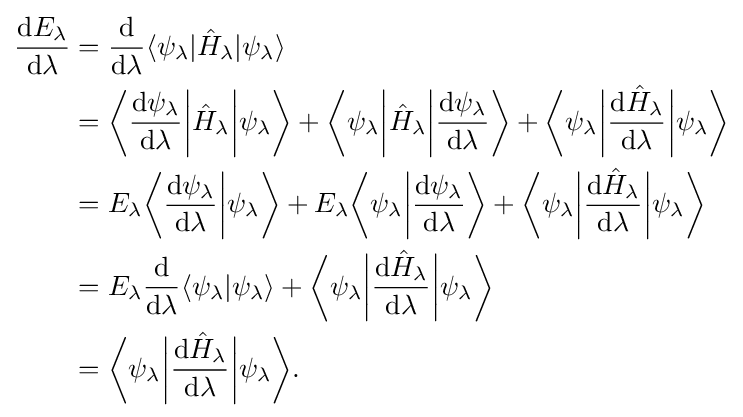
{\begin{aligned}{\frac {\mathrm {d} E_{\lambda }}{\mathrm {d} \lambda }}&={\frac {\mathrm {d} }{\mathrm {d} \lambda }}\langle \psi _{\lambda }|{\hat {H}}_{\lambda }|\psi _{\lambda }\rangle \\&={\bigg \langle }{\frac {\mathrm {d} \psi _{\lambda }}{\mathrm {d} \lambda }}{\bigg |}{\hat {H}}_{\lambda }{\bigg |}\psi _{\lambda }{\bigg \rangle }+{\bigg \langle }\psi _{\lambda }{\bigg |}{\hat {H}}_{\lambda }{\bigg |}{\frac {\mathrm {d} \psi _{\lambda }}{\mathrm {d} \lambda }}{\bigg \rangle }+{\bigg \langle }\psi _{\lambda }{\bigg |}{\frac {\mathrm {d} {\hat {H}}_{\lambda }}{\mathrm {d} \lambda }}{\bigg |}\psi _{\lambda }{\bigg \rangle }\\&=E_{\lambda }{\bigg \langle }{\frac {\mathrm {d} \psi _{\lambda }}{\mathrm {d} \lambda }}{\bigg |}\psi _{\lambda }{\bigg \rangle }+E_{\lambda }{\bigg \langle }\psi _{\lambda }{\bigg |}{\frac {\mathrm {d} \psi _{\lambda }}{\mathrm {d} \lambda }}{\bigg \rangle }+{\bigg \langle }\psi _{\lambda }{\bigg |}{\frac {\mathrm {d} {\hat {H}}_{\lambda }}{\mathrm {d} \lambda }}{\bigg |}\psi _{\lambda }{\bigg \rangle }\\&=E_{\lambda }{\frac {\mathrm {d} }{\mathrm {d} \lambda }}\langle \psi _{\lambda }|\psi _{\lambda }\rangle +{\bigg \langle }\psi _{\lambda }{\bigg |}{\frac {\mathrm {d} {\hat {H}}_{\lambda }}{\mathrm {d} \lambda }}{\bigg |}\psi _{\lambda }{\bigg \rangle }\\&={\bigg \langle }\psi _{\lambda }{\bigg |}{\frac {\mathrm {d} {\hat {H}}_{\lambda }}{\mathrm {d} \lambda }}{\bigg |}\psi _{\lambda }{\bigg \rangle }.\end{aligned}}